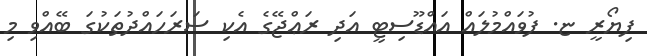
ފިޔޯރީ ޏ. ފުވައްމުލައް އައްޑޫސިޓީ އަދި ރަޢްޖޭގެ އެކި ސަރަހައްދުތަކުގަ ބޭއްވި މި